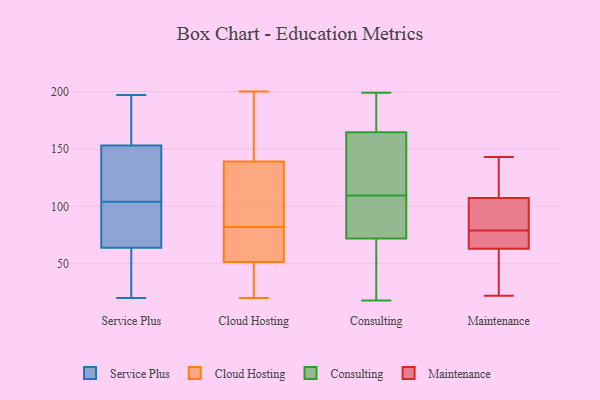
{"axis": {"x": "Satisfaction Score", "y": "Value"}, "legend": ["Cloud Hosting", "Consulting", "Maintenance", "Service Plus"], "data": [{"x": "", "y": 105, "type": "Service Plus"}, {"x": "", "y": 87, "type": "Service Plus"}, {"x": "", "y": 20, "type": "Service Plus"}, {"x": "", "y": 103, "type": "Service Plus"}, {"x": "", "y": 64, "type": "Service Plus"}, {"x": "", "y": 63, "type": "Service Plus"}, {"x": "", "y": 147, "type": "Service Plus"}, {"x": "", "y": 153, "type": "Service Plus"}, {"x": "", "y": 142, "type": "Service Plus"}, {"x": "", "y": 176, "type": "Service Plus"}, {"x": "", "y": 197, "type": "Service Plus"}, {"x": "", "y": 85, "type": "Service Plus"}, {"x": "", "y": 167, "type": "Service Plus"}, {"x": "", "y": 36, "type": "Service Plus"}, {"x": "", "y": 126, "type": "Cloud Hosting"}, {"x": "", "y": 51, "type": "Cloud Hosting"}, {"x": "", "y": 42, "type": "Cloud Hosting"}, {"x": "", "y": 55, "type": "Cloud Hosting"}, {"x": "", "y": 165, "type": "Cloud Hosting"}, {"x": "", "y": 200, "type": "Cloud Hosting"}, {"x": "", "y": 197, "type": "Cloud Hosting"}, {"x": "", "y": 45, "type": "Cloud Hosting"}, {"x": "", "y": 71, "type": "Cloud Hosting"}, {"x": "", "y": 133, "type": "Cloud Hosting"}, {"x": "", "y": 141, "type": "Cloud Hosting"}, {"x": "", "y": 82, "type": "Cloud Hosting"}, {"x": "", "y": 53, "type": "Cloud Hosting"}, {"x": "", "y": 20, "type": "Cloud Hosting"}, {"x": "", "y": 104, "type": "Cloud Hosting"}, {"x": "", "y": 102, "type": "Consulting"}, {"x": "", "y": 68, "type": "Consulting"}, {"x": "", "y": 154, "type": "Consulting"}, {"x": "", "y": 105, "type": "Consulting"}, {"x": "", "y": 165, "type": "Consulting"}, {"x": "", "y": 168, "type": "Consulting"}, {"x": "", "y": 76, "type": "Consulting"}, {"x": "", "y": 164, "type": "Consulting"}, {"x": "", "y": 105, "type": "Consulting"}, {"x": "", "y": 18, "type": "Consulting"}, {"x": "", "y": 135, "type": "Consulting"}, {"x": "", "y": 47, "type": "Consulting"}, {"x": "", "y": 196, "type": "Consulting"}, {"x": "", "y": 114, "type": "Consulting"}, {"x": "", "y": 58, "type": "Consulting"}, {"x": "", "y": 199, "type": "Consulting"}, {"x": "", "y": 117, "type": "Maintenance"}, {"x": "", "y": 69, "type": "Maintenance"}, {"x": "", "y": 99, "type": "Maintenance"}, {"x": "", "y": 24, "type": "Maintenance"}, {"x": "", "y": 143, "type": "Maintenance"}, {"x": "", "y": 22, "type": "Maintenance"}, {"x": "", "y": 54, "type": "Maintenance"}, {"x": "", "y": 131, "type": "Maintenance"}, {"x": "", "y": 79, "type": "Maintenance"}, {"x": "", "y": 70, "type": "Maintenance"}, {"x": "", "y": 96, "type": "Maintenance"}, {"x": "", "y": 66, "type": "Maintenance"}, {"x": "", "y": 104, "type": "Maintenance"}]}